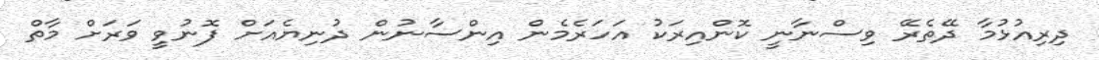
ދިރިއުޅުމާ ދޭތެރޭ ވިސްނާނީ ކޮންއިރަކު އަހަރެމެން އިންސާނުން ދުނިޔެއަށް ފޮނުވީ ވަރަށް މާތް